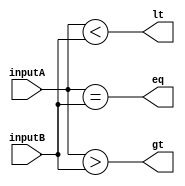
module comparator16bit (
    input [15:0] inputA,
    input [15:0] inputB,
    output gt,
    output lt,
    output eq
);

assign gt = (inputA > inputB);
assign lt = (inputA < inputB);
assign eq = (inputA == inputB);

endmodule